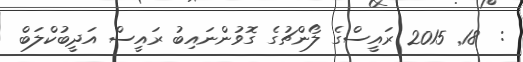
:  18